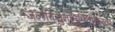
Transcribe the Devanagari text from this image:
जलविद्युतनिर्मितीकरता